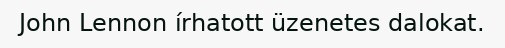
John Lennon írhatott üzenetes dalokat.